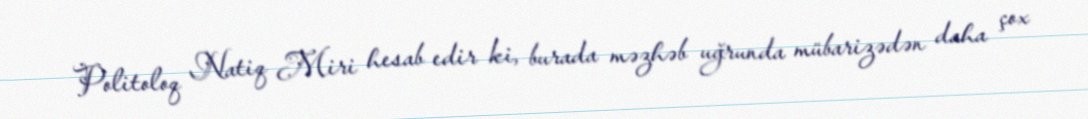
Politoloq Natiq Miri hesab edir ki, burada məzhəb uğrunda mübarizədən daha çox